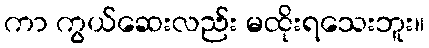
ကာ ကွယ်ဆေးလည်း မထိုးရသေးဘူး။